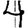
Digit: 4